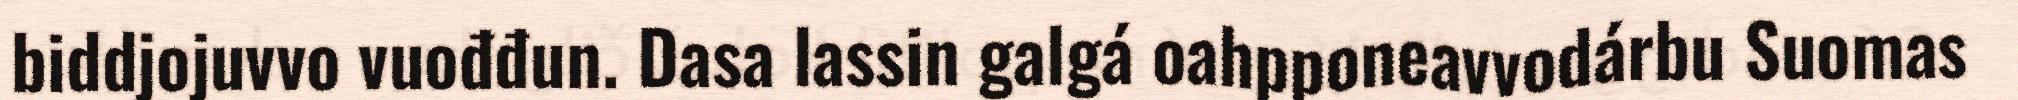
biddjojuvvo vuođđun. Dasa lassin galgá oahpponeavvodárbu Suomas